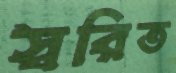
স্বরিত